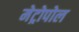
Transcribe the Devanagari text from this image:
मेट्रोपोल